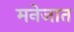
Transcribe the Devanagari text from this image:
मनेजात